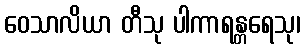
ဝေသာလိယာ တီသု ပါကာရန္တရေသု၊